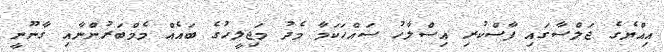
އިއްޔެގެ ޖަލްސާގައި ފާސްކުރި އިސްލާހު ސައްހަކަމާ މެދު މަޖިލީހުގެ ބައެއް މެމްބަރުންނާއި ގާނޫނީ